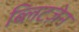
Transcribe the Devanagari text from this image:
ब्लिटज़ेन